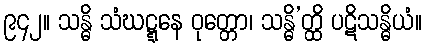
၉၄၂။ သန္ဓိ သံဃဋ္ဋနေ ဝုတ္တော၊ သန္ဓိ’တ္ထိ ပဋိသန္ဓိယံ။